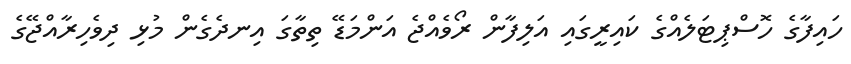
ހައިފާގެ ހޮސްޕިޓަލެއްގެ ކައިރީގައި އަލިފާން ރޯވެއްޖެ އަންމަޑޭ ތިތާގަ އިނދެގެން މުޅި ދިވެހިރާއްޖޭގެ